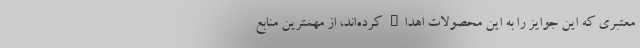
معتبری که این جوایز را به این محصولات اهداء کرده‌اند، از مهمترین منابع